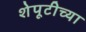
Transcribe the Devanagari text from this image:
शेपूटीच्या